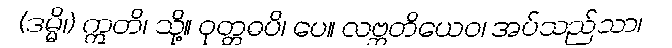
(ဒမ္မိ၊) ဣတိ၊ သို့။ ဝုတ္တဓပိ၊ ပေ။ လဗ္ဘတိယေဝ၊ အပ်သည်သာ၊